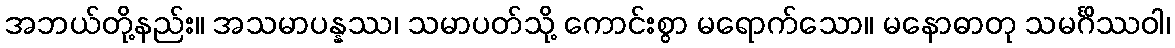
အဘယ်တို့နည်း။ အသမာပန္နဿ၊ သမာပတ်သို့ ကောင်းစွာ မရောက်သော။ မနောဓာတု သမင်္ဂိဿဝါ၊